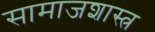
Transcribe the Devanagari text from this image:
सामाजशास्त्र